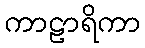
ကာဠာရိကာ